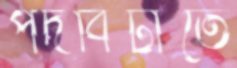
পদবিটাতে